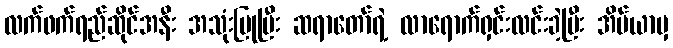
လက်ဖက်ရည်ဆိုင်အနီး အသုံးပြုပြီး ဆရာတော်ရဲ့ လာရောက်ရှင်းလင်းခဲ့ပြီး အိပ်ယာမှ